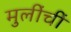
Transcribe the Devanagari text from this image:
मुलींचीं